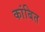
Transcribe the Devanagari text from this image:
कांबित